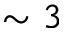
\sim 3